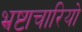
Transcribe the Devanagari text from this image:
भ्रष्टाचारियो